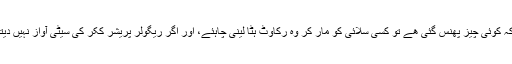
اگر کچھ دیر تک پریشر ککر کی سیٹی کی آواز نہ آئے تو سمجھ جانا چاہئے کہ کوئی چیز پھنس گئی ھے تو کسی سلائی کو مار کر وہ رکاوٹ ہٹا لینی چاہئے، اور اگر ریگولر پریشر ککر کی سیٹی آواز نہیں دیتی تو اس کا ربڑ بدل لینا چاہئے کیونکہ پریشر وہاں سے لیک ہو رہا ہوتا ھے۔